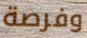
وفرصة